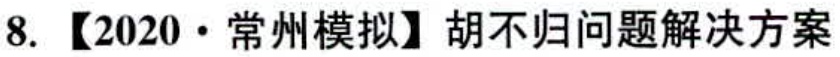
8. 【2020·常州模拟】胡不归问题解决方案